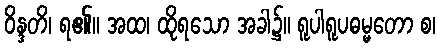
ဝိန္ဒတိ၊ ရ၏။ အထ၊ ထိုရသော အခါ၌။ ရူပါရူပဓမ္မတော စ၊